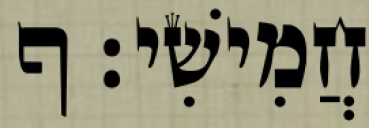
חֲמִישִׁי׃ ף